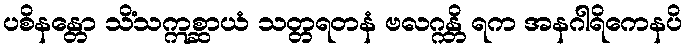
ပစိနန္တော သိံသဣစ္ဆာယံ သတ္တရတနံ ဗလဂ္ဂန္တိ ရက အနဂါရိကေနပိ